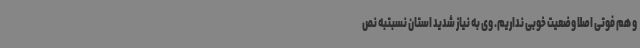
و هم فوتی اصلا وضعیت خوبی نداریم. وی به نیاز شدید استان نسبتبه نص